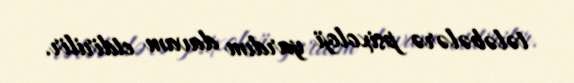
tələbələrə psixoloji yardım davam etdirilir.